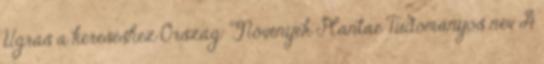
Ugrás a kereséshez Ország: Növények Plantae Tudományos név A